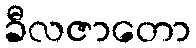
ခီလဇာတော